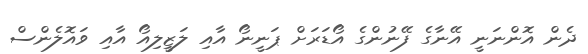
ދެން އޮންނަނީ އޭނާގެ ފޭނުންގެ އޯޑަރަށް ޕަނީނޯ އާއި ލަޒީލިއޯ އާއި ވައޮލެންސް